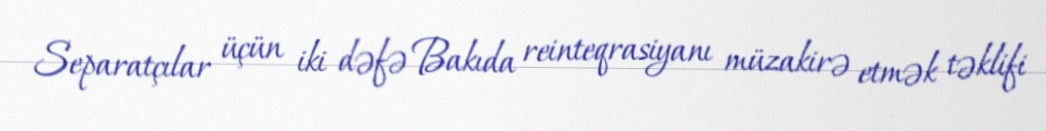
Separatçılar üçün iki dəfə Bakıda reinteqrasiyanı müzakirə etmək təklifi